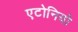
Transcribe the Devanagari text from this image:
एटोनियो